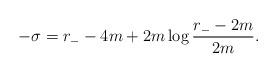
LaTeX: \begin{align*}-\sigma=r_- -4m+2m\log\frac{r_- -2m}{2m}.\end{align*}